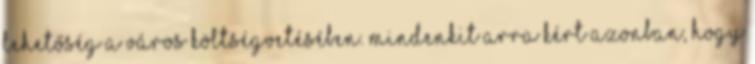
lehetőség a város költségvetésében. Mindenkit arra kért azonban, hogy